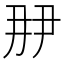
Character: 𬼋